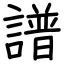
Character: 譜